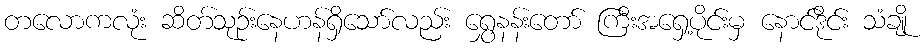
တလောကလုံး ဆိတ်သုဉ်းနေဟန်ရှိသော်လည်း ရွှေနန်းတော် ကြီးအရှေ့ပိုင်းမှ နောင်ဒိုင်း သံချို